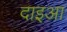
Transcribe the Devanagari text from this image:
दाइआ